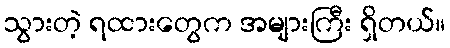
သွားတဲ့ ရထားတွေက အများကြီး ရှိတယ်။